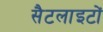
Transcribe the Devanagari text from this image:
सैटलाइटों